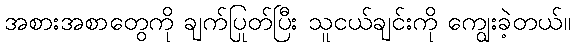
အစားအစာတွေကို ချက်ပြုတ်ပြီး သူငယ်ချင်းကို ကျွေးခဲ့တယ်။